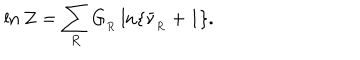
\ln { \cal Z } = \sum _ { R } G _ { _ R } \ln \{ \bar { \nu } _ { _ R } + 1 \} .